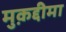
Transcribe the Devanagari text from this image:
मुक़द्दीमा